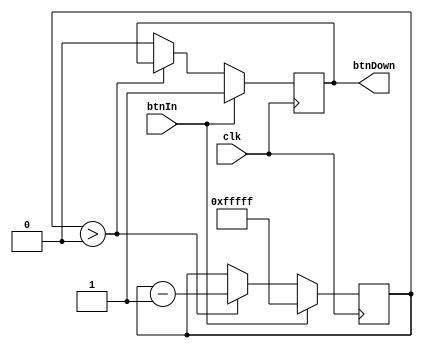
`timescale 1ns / 1ps
//////////////////////////////////////////////////////////////////////////////////
// Company: 
// Engineer: 
// 
// Design Name: 
// Module Name: Debouncer
// Project Name: 
// Target Devices: 
// Tool Versions: 
// Description: 
// 
// Dependencies: 
// 
// Revision:
// Revision 0.01 - File Created
// Additional Comments:
// 
//////////////////////////////////////////////////////////////////////////////////

// debounces after .25s if 25Mhz clock given
module Debouncer(
    input btnIn,
    input clk,
    
    output reg btnDown = 0
    );
    
    reg [19:0] btnCounter = 20'h0_0000;
    
    always@(posedge clk) begin
        if (btnIn) begin
            btnCounter <= 20'hF_FFFF;
            btnDown = 1;
        end else begin
            if (btnCounter > 20'h0_0000)
                btnCounter <= btnCounter - 1;
            else
                btnDown = 0;
        end
    end
    
    
endmodule